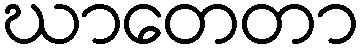
ဃာတေတာ